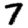
Digit: 7